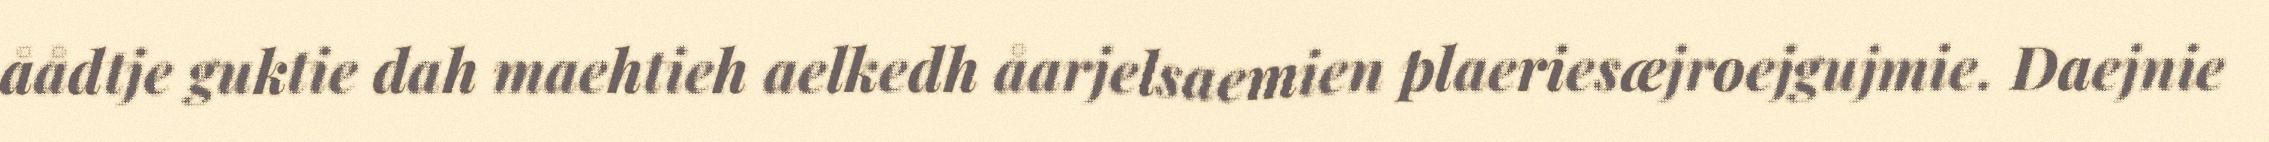
åådtje guktie dah maehtieh aelkedh åarjelsaemien plaeriesæjroejgujmie. Daejnie